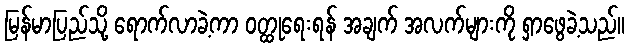
မြန်မာပြည်သို့ ရောက်လာခဲ့ကာ ဝတ္ထုရေးရန် အချက် အလက်များကို ရှာဖွေခဲ့သည်။